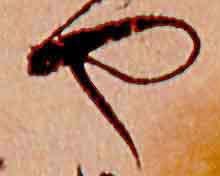
や